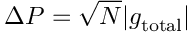
\Delta P = \sqrt { N } | g _ { \mathrm { t o t a l } } |